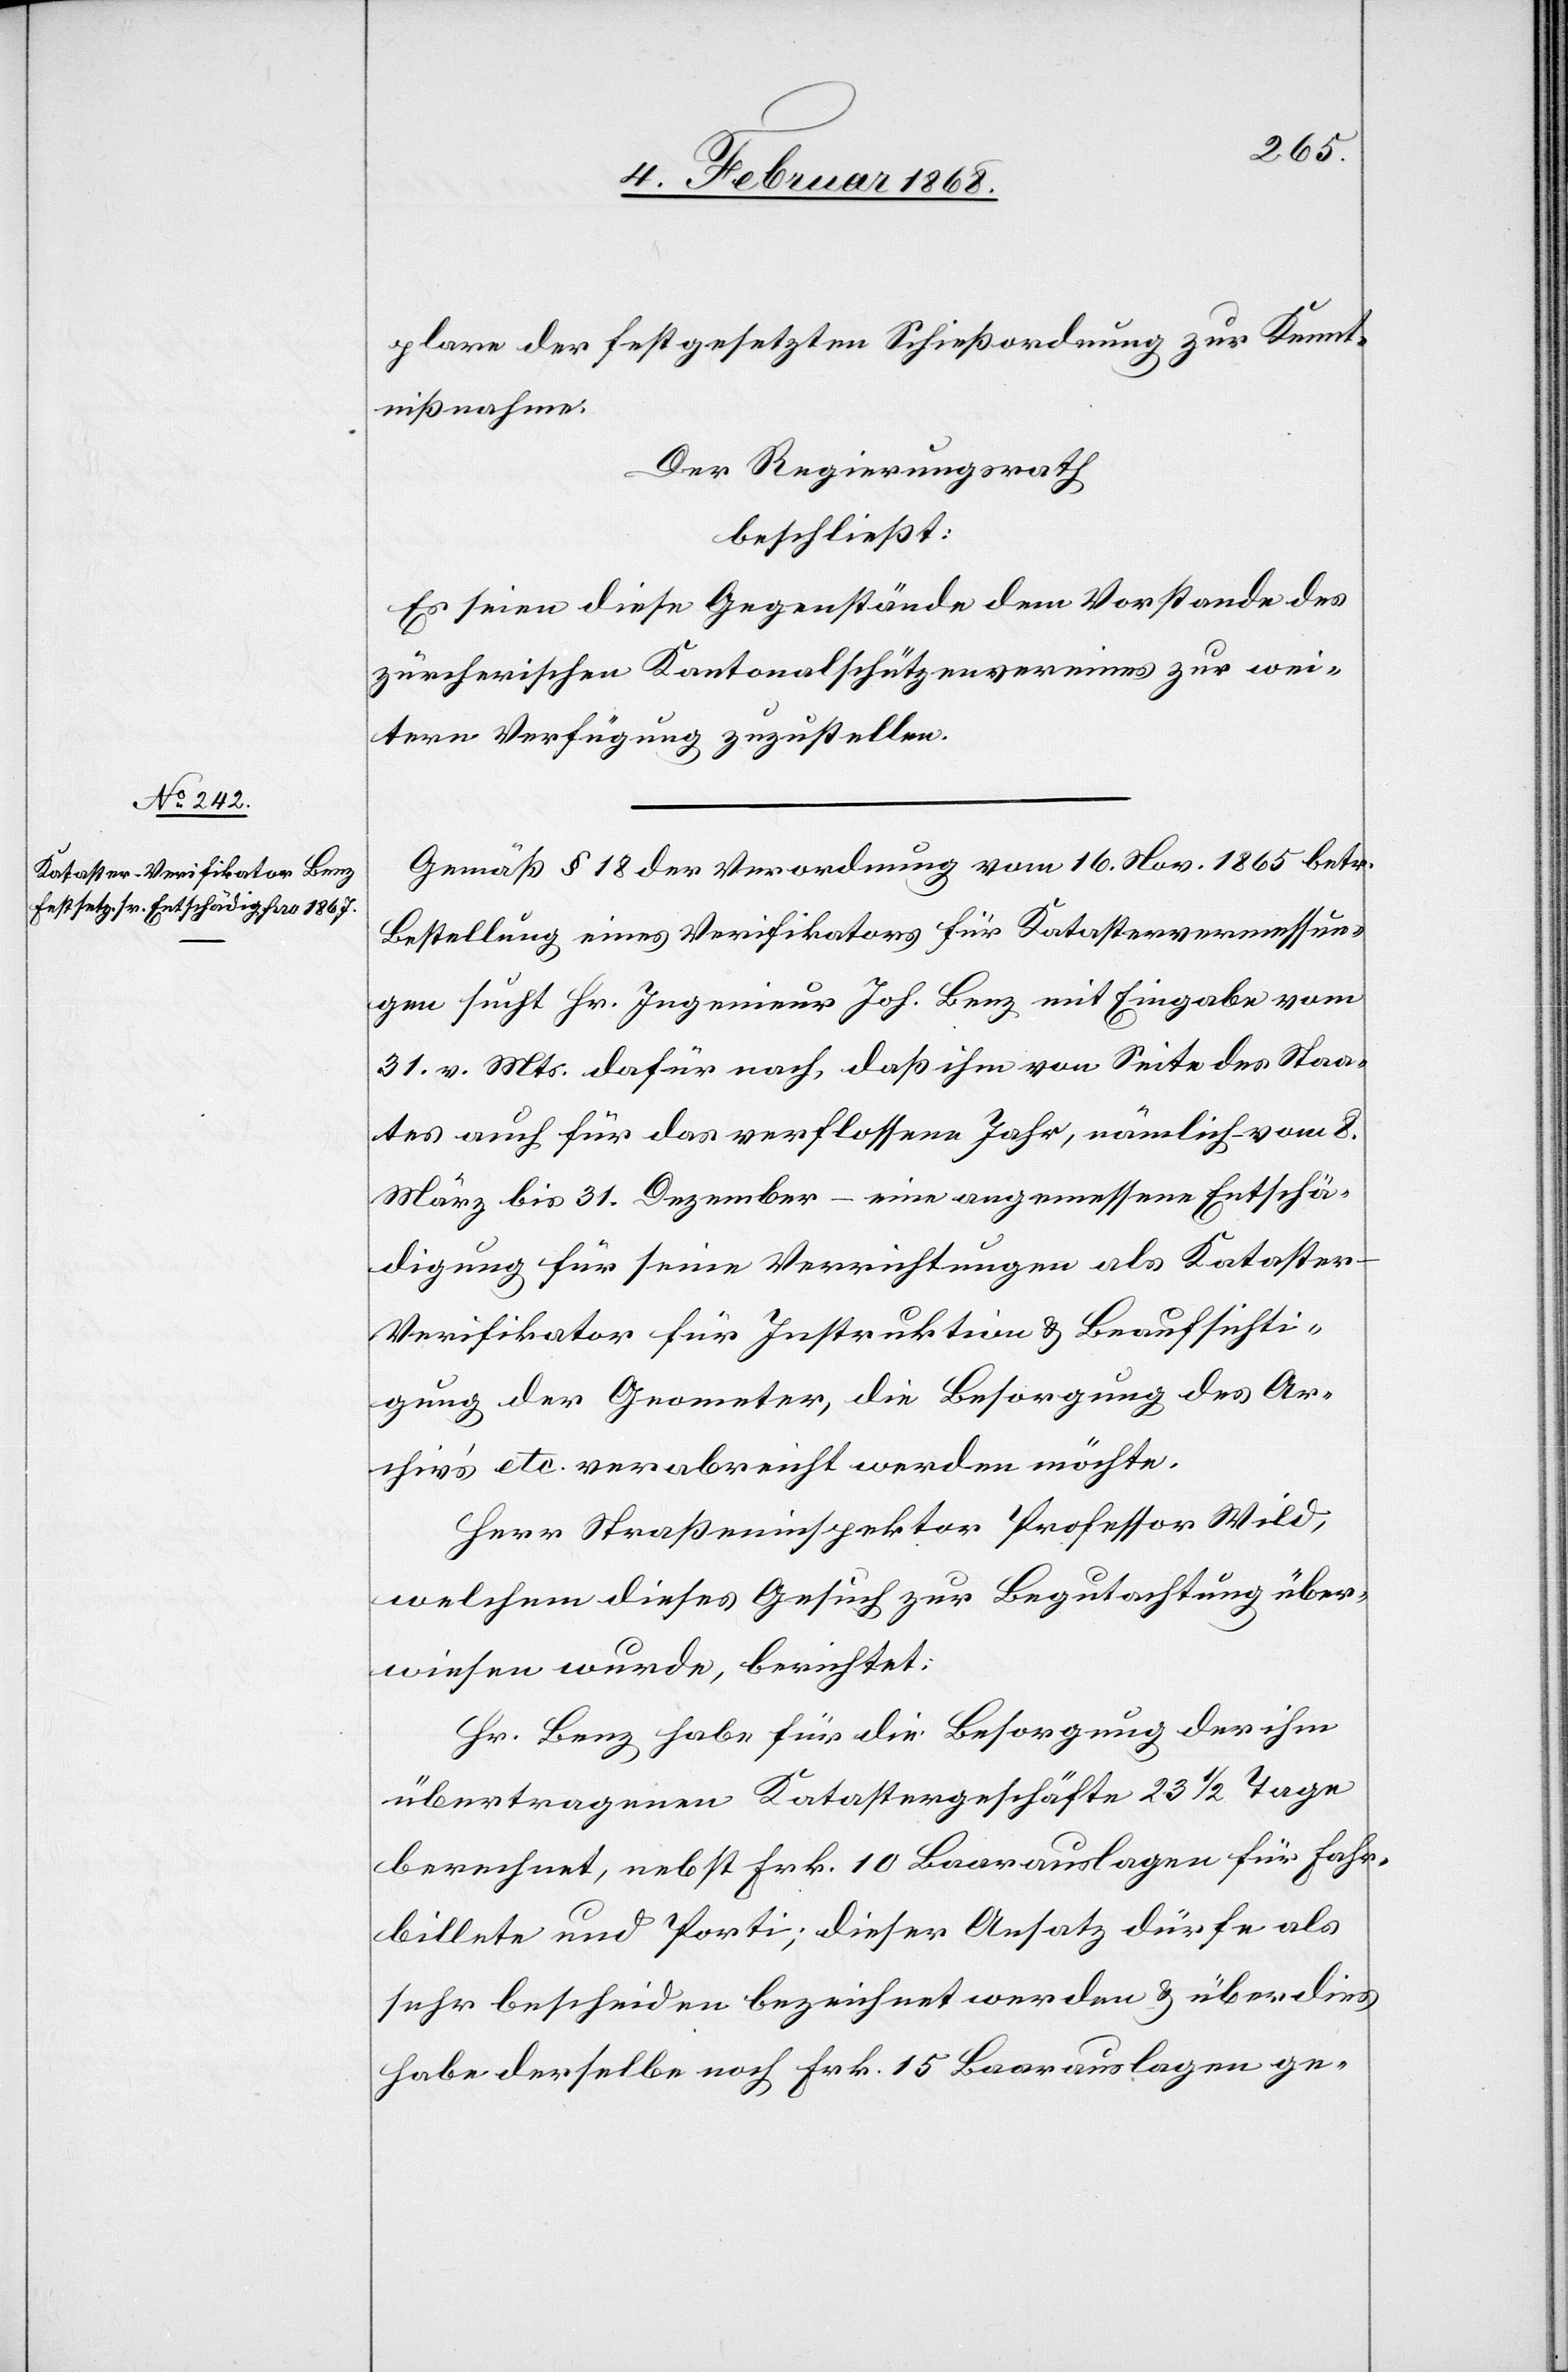
plare der festgesetzten Schießordnung zur Kennt¬
nißnahme.
Der Regierungsrath
beschließt:
Es seien diese Gegenstände dem Vorstande des
zürcherischen Kantonalschützenvereines zur wei¬
tern Verfügung zuzustellen.
Gemäß § 18 der Verordnung vom 16. Nov. 1865 betr.
Bestellung eines Verifikators für Katastervermessun¬
gen sucht Hr. Ingenieur Joh. Benz mit Eingabe vom
31. v. Mts. dafür nach, daß ihm von Seite des Staa¬
tes auch für das verflossene Jahr, nämlich – vom 8.
März bis 31. Dezember – eine angemessene Entschä¬
digung für seine Verrichtungen als Kataste¬
r-Verifikator für Instruktion & Beaufsichti¬
gung der Geometer, die Besorgung des Ar¬
chiv’s etc. verabreicht werden möchte.
Herr Straßeninspektor Professor Wild,
welchem dieses Gesuch zur Begutachtung über¬
wiesen wurde, berichtet:
Hr. Benz habe für die Besorgung der ihm
übertragenen Katastergeschäfte 23 1/2 Tage
berechnet, nebst Frk. 10 Baarauslagen für Fahr¬
billete und Porti; dieser Ansatz dürfe als
sehr bescheiden bezeichnet werden & überdies
habe derselbe noch Frk. 15 Baarauslagen ge-